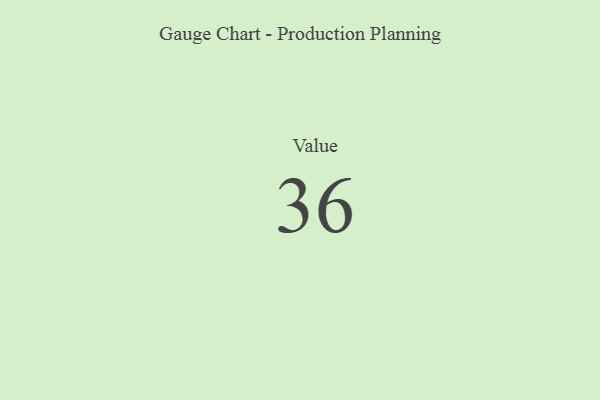
{"axis": {"x": "Metric", "y": "Value"}, "legend": [""], "data": [{"x": "Value", "y": 36, "type": ""}]}